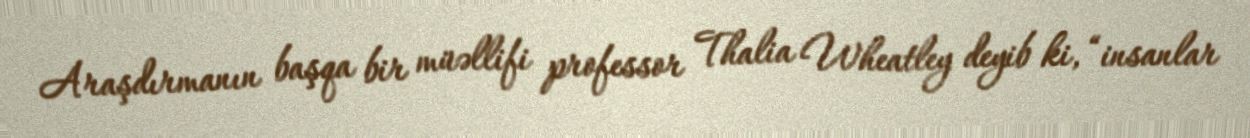
Araşdırmanın başqa bir müəllifi professor Thalia Wheatley deyib ki, “insanlar